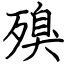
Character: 殠